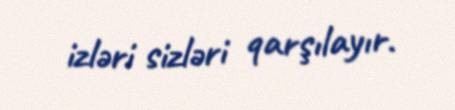
izləri sizləri qarşılayır.